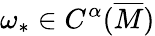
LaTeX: \omega_{*}\in{C^{\alpha}(\overline{{M}})}